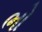
ભો